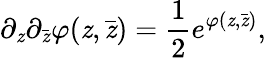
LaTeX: \partial_{\mathit{z}}\partial_{\bar{{\mathit{z}}}}\varphi(\mathit{z},\bar{{\mathit{z}}})={\frac{{1}}{{2}}}e^{\varphi(\mathit{z},\bar{{\mathit{z}}})},